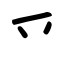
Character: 乊